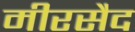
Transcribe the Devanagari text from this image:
मीरसैद